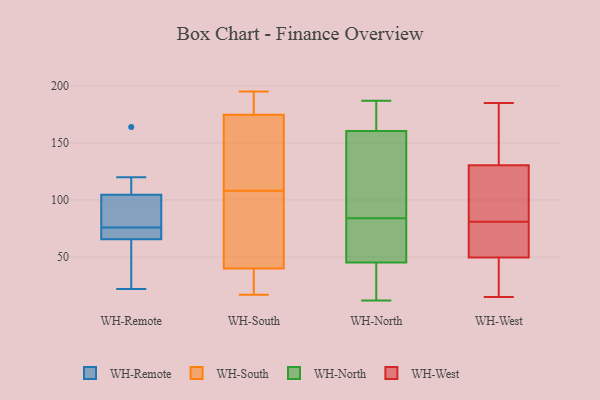
{"axis": {"x": "Market Share (%)", "y": "Value"}, "legend": ["WH-North", "WH-Remote", "WH-South", "WH-West"], "data": [{"x": "", "y": 120, "type": "WH-Remote"}, {"x": "", "y": 72, "type": "WH-Remote"}, {"x": "", "y": 91, "type": "WH-Remote"}, {"x": "", "y": 59, "type": "WH-Remote"}, {"x": "", "y": 164, "type": "WH-Remote"}, {"x": "", "y": 55, "type": "WH-Remote"}, {"x": "", "y": 73, "type": "WH-Remote"}, {"x": "", "y": 75, "type": "WH-Remote"}, {"x": "", "y": 77, "type": "WH-Remote"}, {"x": "", "y": 22, "type": "WH-Remote"}, {"x": "", "y": 77, "type": "WH-Remote"}, {"x": "", "y": 118, "type": "WH-Remote"}, {"x": "", "y": 43, "type": "WH-South"}, {"x": "", "y": 181, "type": "WH-South"}, {"x": "", "y": 108, "type": "WH-South"}, {"x": "", "y": 23, "type": "WH-South"}, {"x": "", "y": 174, "type": "WH-South"}, {"x": "", "y": 81, "type": "WH-South"}, {"x": "", "y": 59, "type": "WH-South"}, {"x": "", "y": 31, "type": "WH-South"}, {"x": "", "y": 139, "type": "WH-South"}, {"x": "", "y": 177, "type": "WH-South"}, {"x": "", "y": 17, "type": "WH-South"}, {"x": "", "y": 187, "type": "WH-South"}, {"x": "", "y": 61, "type": "WH-South"}, {"x": "", "y": 28, "type": "WH-South"}, {"x": "", "y": 143, "type": "WH-South"}, {"x": "", "y": 139, "type": "WH-South"}, {"x": "", "y": 195, "type": "WH-South"}, {"x": "", "y": 21, "type": "WH-North"}, {"x": "", "y": 168, "type": "WH-North"}, {"x": "", "y": 38, "type": "WH-North"}, {"x": "", "y": 12, "type": "WH-North"}, {"x": "", "y": 187, "type": "WH-North"}, {"x": "", "y": 49, "type": "WH-North"}, {"x": "", "y": 186, "type": "WH-North"}, {"x": "", "y": 178, "type": "WH-North"}, {"x": "", "y": 138, "type": "WH-North"}, {"x": "", "y": 44, "type": "WH-North"}, {"x": "", "y": 123, "type": "WH-North"}, {"x": "", "y": 177, "type": "WH-North"}, {"x": "", "y": 76, "type": "WH-North"}, {"x": "", "y": 12, "type": "WH-North"}, {"x": "", "y": 84, "type": "WH-North"}, {"x": "", "y": 133, "type": "WH-North"}, {"x": "", "y": 63, "type": "WH-North"}, {"x": "", "y": 111, "type": "WH-North"}, {"x": "", "y": 74, "type": "WH-North"}, {"x": "", "y": 87, "type": "WH-West"}, {"x": "", "y": 145, "type": "WH-West"}, {"x": "", "y": 152, "type": "WH-West"}, {"x": "", "y": 55, "type": "WH-West"}, {"x": "", "y": 51, "type": "WH-West"}, {"x": "", "y": 185, "type": "WH-West"}, {"x": "", "y": 87, "type": "WH-West"}, {"x": "", "y": 15, "type": "WH-West"}, {"x": "", "y": 49, "type": "WH-West"}, {"x": "", "y": 25, "type": "WH-West"}, {"x": "", "y": 81, "type": "WH-West"}]}